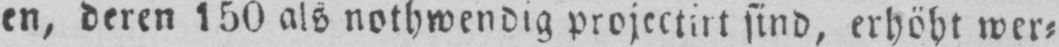
en, deren 150 als nothwendig projectirt sind, erhöht wer⸗